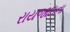
રાયજાદાના